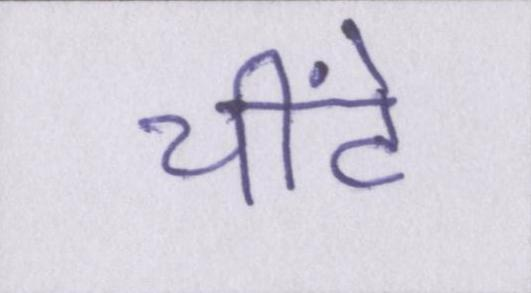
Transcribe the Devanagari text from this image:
चींटे